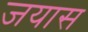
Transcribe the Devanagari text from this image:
जयास